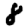
Digit: 8